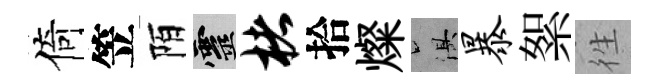
倚笠陌靈楮拾燦俱暴絮徃